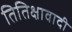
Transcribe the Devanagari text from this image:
तितिक्षावादी